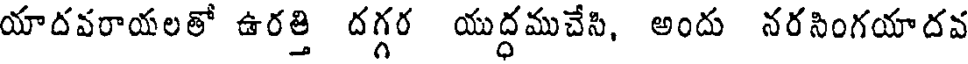
యాదవరాయలతో ఉరత్తి దగ్గర యుద్ధముచేసి, అందు నరసింగయాదవ